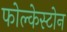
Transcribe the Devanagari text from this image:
फोल्केस्टोन